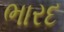
ભારદ